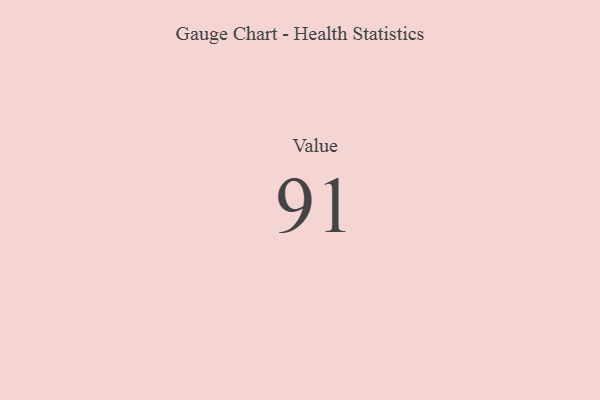
{"axis": {"x": "Metric", "y": "Value"}, "legend": [""], "data": [{"x": "Value", "y": 91, "type": ""}]}